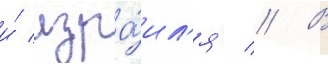
и́ изра́ил'я // В